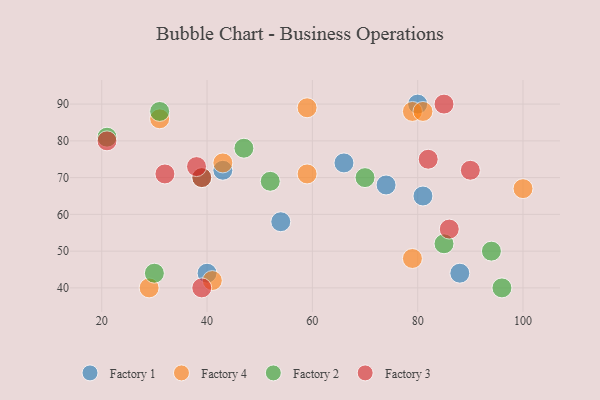
{"axis": {"x": "GDP", "y": "Life Expectancy"}, "legend": ["Factory 1", "Factory 2", "Factory 3", "Factory 4"], "data": [{"x": "74", "y": 68, "type": "Factory 1"}, {"x": "43", "y": 72, "type": "Factory 1"}, {"x": "54", "y": 58, "type": "Factory 1"}, {"x": "88", "y": 44, "type": "Factory 1"}, {"x": "66", "y": 74, "type": "Factory 1"}, {"x": "40", "y": 44, "type": "Factory 1"}, {"x": "81", "y": 65, "type": "Factory 1"}, {"x": "80", "y": 90, "type": "Factory 1"}, {"x": "43", "y": 74, "type": "Factory 4"}, {"x": "59", "y": 89, "type": "Factory 4"}, {"x": "41", "y": 42, "type": "Factory 4"}, {"x": "79", "y": 88, "type": "Factory 4"}, {"x": "59", "y": 71, "type": "Factory 4"}, {"x": "31", "y": 86, "type": "Factory 4"}, {"x": "81", "y": 88, "type": "Factory 4"}, {"x": "79", "y": 48, "type": "Factory 4"}, {"x": "100", "y": 67, "type": "Factory 4"}, {"x": "29", "y": 40, "type": "Factory 4"}, {"x": "94", "y": 50, "type": "Factory 2"}, {"x": "70", "y": 70, "type": "Factory 2"}, {"x": "96", "y": 40, "type": "Factory 2"}, {"x": "52", "y": 69, "type": "Factory 2"}, {"x": "85", "y": 52, "type": "Factory 2"}, {"x": "30", "y": 44, "type": "Factory 2"}, {"x": "31", "y": 88, "type": "Factory 2"}, {"x": "47", "y": 78, "type": "Factory 2"}, {"x": "39", "y": 70, "type": "Factory 2"}, {"x": "21", "y": 81, "type": "Factory 2"}, {"x": "21", "y": 80, "type": "Factory 3"}, {"x": "86", "y": 56, "type": "Factory 3"}, {"x": "39", "y": 40, "type": "Factory 3"}, {"x": "85", "y": 90, "type": "Factory 3"}, {"x": "90", "y": 72, "type": "Factory 3"}, {"x": "39", "y": 70, "type": "Factory 3"}, {"x": "38", "y": 73, "type": "Factory 3"}, {"x": "32", "y": 71, "type": "Factory 3"}, {"x": "82", "y": 75, "type": "Factory 3"}]}